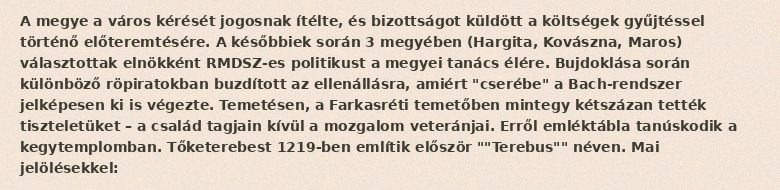
A megye a város kérését jogosnak ítélte, és bizottságot küldött a költségek gyűjtéssel történő előteremtésére. A későbbiek során 3 megyében (Hargita, Kovászna, Maros) választottak elnökként RMDSZ-es politikust a megyei tanács élére. Bujdoklása során különböző röpiratokban buzdított az ellenállásra, amiért "cserébe" a Bach-rendszer jelképesen ki is végezte. Temetésen, a Farkasréti temetőben mintegy kétszázan tették tiszteletüket – a család tagjain kívül a mozgalom veteránjai. Erről emléktábla tanúskodik a kegytemplomban. Tőketerebest 1219-ben említik először ""Terebus"" néven. Mai jelölésekkel: